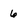
Character: 6